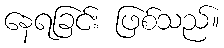
နေရခြင်း ဖြစ်သည်။